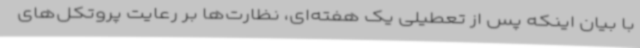
با بیان اینکه پس از تعطیلی یک هفته‌ای، نظارت‌ها بر رعایت پروتکل‌های